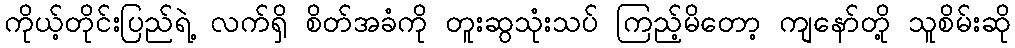
ကိုယ့်တိုင်းပြည်ရဲ့ လက်ရှိ စိတ်အခံကို တူးဆွသုံးသပ် ကြည့်မိတော့ ကျနော်တို့ သူစိမ်းဆို